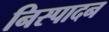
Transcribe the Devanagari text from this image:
निस्पादन